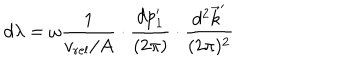
d \lambda = \omega { \frac { 1 } { v _ { \mathrm { r e l } } / A } } \cdot { \frac { d p _ { 1 } ^ { \prime } } { ( 2 \pi ) } } \cdot { \frac { d ^ { 2 } \vec { k } ^ { \prime } } { ( 2 \pi ) ^ { 2 } } }